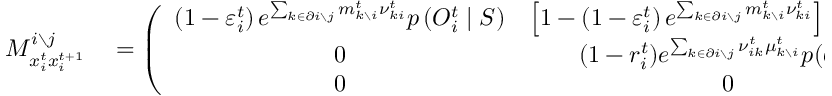
\begin{array} { r l } { M _ { x _ { i } ^ { t } x _ { i } ^ { t + 1 } } ^ { i \setminus j } } & { { } = \left( \begin{array} { c c c } { \left( 1 - \varepsilon _ { i } ^ { t } \right) e ^ { \sum _ { k \in \partial i \setminus j } m _ { k \setminus i } ^ { t } { \nu } _ { k i } ^ { t } } p \left( O _ { i } ^ { t } \mid S \right) } & { \left[ 1 - \left( 1 - \varepsilon _ { i } ^ { t } \right) e ^ { \sum _ { k \in \partial i \setminus j } m _ { k \setminus i } ^ { t } { \nu } _ { k i } ^ { t } } \right] p \left( O _ { i } ^ { t } \mid S \right) } & { 0 } \\ { 0 } & { ( 1 - r _ { i } ^ { t } ) e ^ { \sum _ { k \in \partial i \setminus j } \nu _ { i k } ^ { t } \mu _ { k \setminus i } ^ { t } } p ( \mathcal { O } _ { i } ^ { t } | I ) } & { r _ { i } ^ { t } e ^ { \sum _ { k \in \partial i \setminus j } \nu _ { i k } ^ { t } \mu _ { k \setminus i } ^ { t } } p ( \mathcal { O } _ { i } ^ { t } | I ) } \\ { 0 } & { 0 } & { p ( \mathcal { O } _ { i } ^ { t } | R ) } \end{array} \right) . } \end{array}